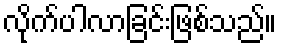
လိုက်ပါလာခြင်းဖြစ်သည်။